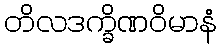
တိလဒက္ခိဏဝိမာနံ